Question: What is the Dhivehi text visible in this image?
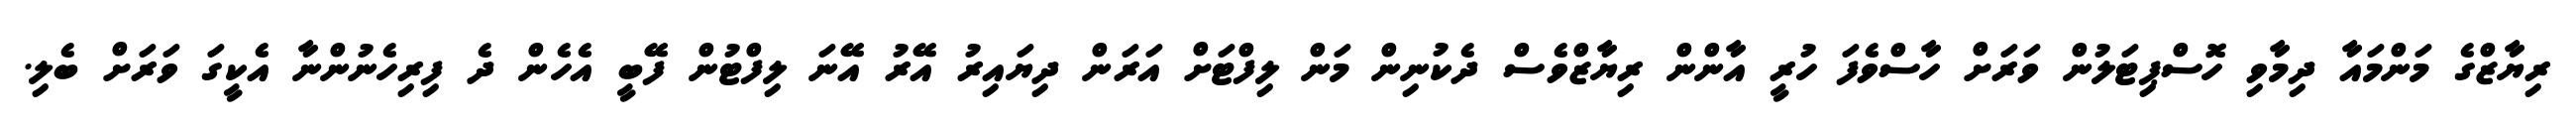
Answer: ރިޔާޒްގެ މަންމައާ ދިމާވި ހޮސްޕިޓަލުން ވަރަށް ހާސްވެފަ ހުރީ އާންން ރިޔާޒްވެސް ދެކުނިން މަން ލިފްޓަށް އަރަން ދިޔައިރު އޭރު އޭނަ ލިފްޓުން ފޭބީ އެހެން ދެ ފިރިހެނުންނާ އެކީގަ ވަރަށް ބެލި.